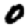
Digit: 0